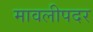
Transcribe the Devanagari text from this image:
मावलीपदर